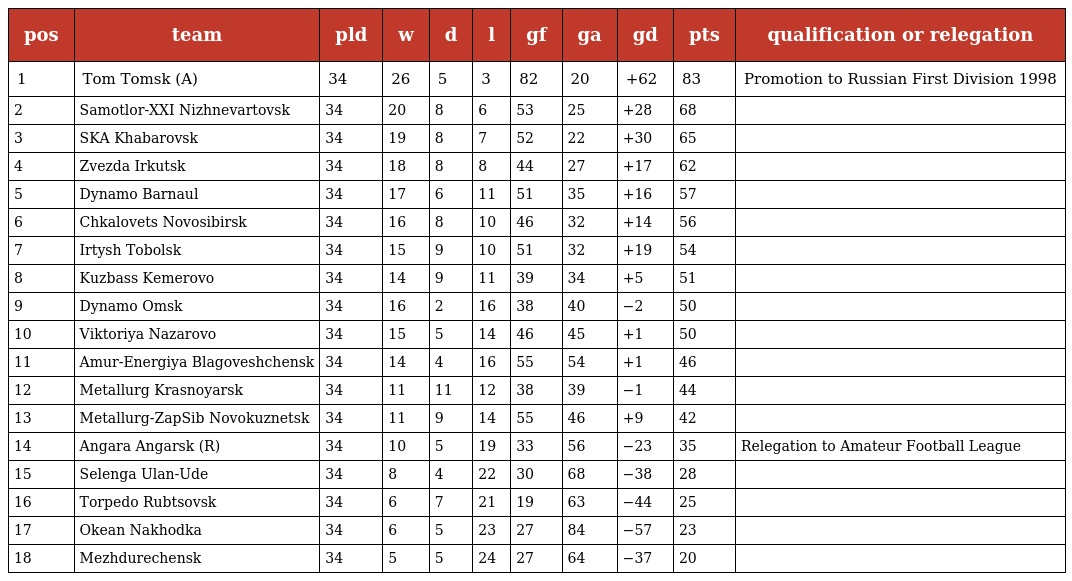
| pos | team | pld | w | d | l | gf | ga | gd | pts | qualification or relegation |
 | --- | --- | --- | --- | --- | --- | --- | --- | --- | --- | --- |
 | 1 | Tom Tomsk (A) | 34 | 26 | 5 | 3 | 82 | 20 | +62 | 83 | Promotion to Russian First Division 1998 |
 | 2 | Samotlor-XXI Nizhnevartovsk | 34 | 20 | 8 | 6 | 53 | 25 | +28 | 68 |  |
 | 3 | SKA Khabarovsk | 34 | 19 | 8 | 7 | 52 | 22 | +30 | 65 |  |
 | 4 | Zvezda Irkutsk | 34 | 18 | 8 | 8 | 44 | 27 | +17 | 62 |  |
 | 5 | Dynamo Barnaul | 34 | 17 | 6 | 11 | 51 | 35 | +16 | 57 |  |
 | 6 | Chkalovets Novosibirsk | 34 | 16 | 8 | 10 | 46 | 32 | +14 | 56 |  |
 | 7 | Irtysh Tobolsk | 34 | 15 | 9 | 10 | 51 | 32 | +19 | 54 |  |
 | 8 | Kuzbass Kemerovo | 34 | 14 | 9 | 11 | 39 | 34 | +5 | 51 |  |
 | 9 | Dynamo Omsk | 34 | 16 | 2 | 16 | 38 | 40 | −2 | 50 |  |
 | 10 | Viktoriya Nazarovo | 34 | 15 | 5 | 14 | 46 | 45 | +1 | 50 |  |
 | 11 | Amur-Energiya Blagoveshchensk | 34 | 14 | 4 | 16 | 55 | 54 | +1 | 46 |  |
 | 12 | Metallurg Krasnoyarsk | 34 | 11 | 11 | 12 | 38 | 39 | −1 | 44 |  |
 | 13 | Metallurg-ZapSib Novokuznetsk | 34 | 11 | 9 | 14 | 55 | 46 | +9 | 42 |  |
 | 14 | Angara Angarsk (R) | 34 | 10 | 5 | 19 | 33 | 56 | −23 | 35 | Relegation to Amateur Football League |
 | 15 | Selenga Ulan-Ude | 34 | 8 | 4 | 22 | 30 | 68 | −38 | 28 |  |
 | 16 | Torpedo Rubtsovsk | 34 | 6 | 7 | 21 | 19 | 63 | −44 | 25 |  |
 | 17 | Okean Nakhodka | 34 | 6 | 5 | 23 | 27 | 84 | −57 | 23 |  |
 | 18 | Mezhdurechensk | 34 | 5 | 5 | 24 | 27 | 64 | −37 | 20 |  |